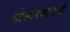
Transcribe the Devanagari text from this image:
दोस्तराष्ट्रांचे